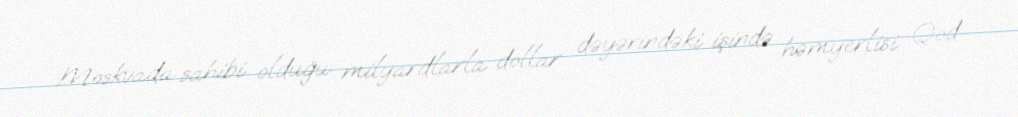
Moskvada sahibi olduğu milyardlarla dollar dəyərindəki işində həmyerlisi Qod